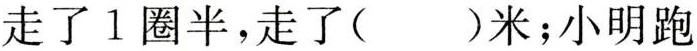
走了1圈半，走了( )米；小明跑